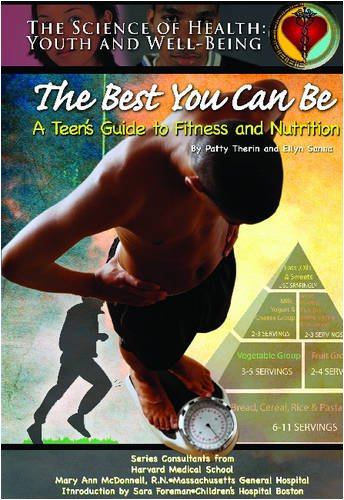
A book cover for The Best You Can Be: A Teen's Guide To Fitness And Nutrition (Science of Health Youth and Well Being); Rae Simons; Teen & Young Adult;